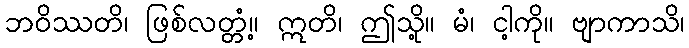
ဘဝိဿတိ၊ ဖြစ်လတ္တံ့။ ဣတိ၊ ဤသို့။ မံ၊ ငါ့ကို။ ဗျာကာသိ၊